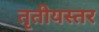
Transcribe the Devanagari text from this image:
तृतीयस्तर